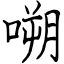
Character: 嗍